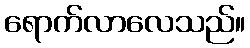
ရောက်လာလေသည်။